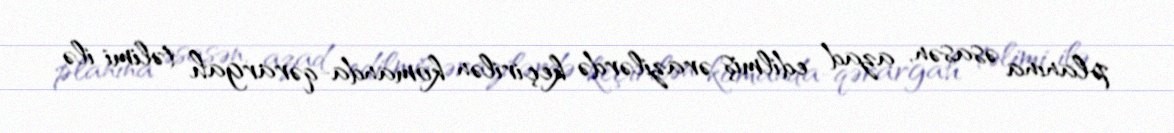
planına əsasən, azad edilmiş ərazilərdə keçirilən komanda-qərargah təlimi ilə